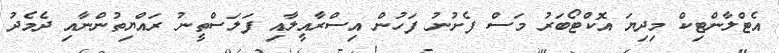
އެޓްލާންޓިކް މިދިޔަ އޮކްޓޯބަރު މަސް ފެށުނު ފަހުން އިސްރާއީލާއި ފަލަސްތީނު ރައްޔިތުންނާއި ދެމެދު